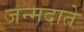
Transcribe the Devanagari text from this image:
जन्मदाते